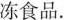
冻食品.